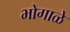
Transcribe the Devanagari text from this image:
भोगाळे